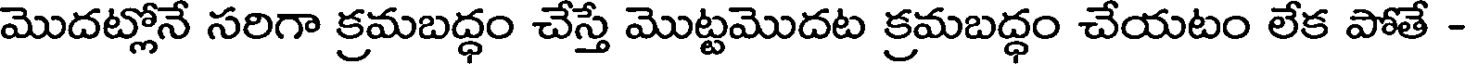
మొదట్లోనే సరిగా క్రమబద్ధం చేస్తే మొట్టమొదట క్రమబద్ధం చేయటం లేక పోతే -